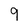
Character: 9